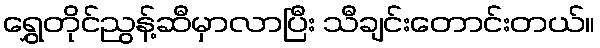
ရွှေတိုင်ညွန့်ဆီမှာလာပြီး သီချင်းတောင်းတယ်။